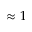
\approx 1